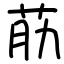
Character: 荕